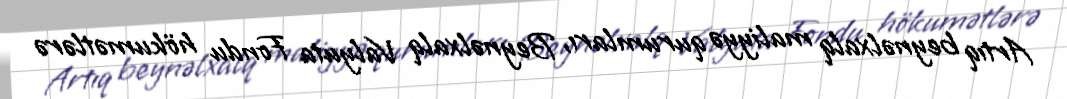
Artıq beynəlxalq maliyyə qurumları, Beynəlxalq Valyuta Fondu hökumətlərə